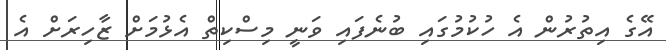
އޭގެ އިތުރުން އެ ހުކުމުގައި ބުނެފައި ވަނީ މިސްކިތް އެޅުމަށް ޒާހިރަށް އެ